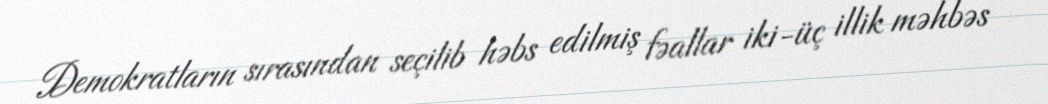
Demokratların sırasından seçilib həbs edilmiş fəallar iki-üç illik məhbəs